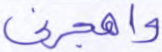
واهجرني